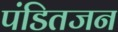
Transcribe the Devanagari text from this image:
पंडितजन